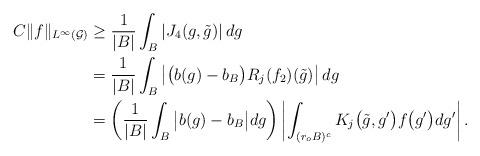
LaTeX: \begin{align*}C\|f\|_{L^{\infty}(\mathcal G)}&\geq{1\over |B|}\int_B\left|J_4(g,\tilde g)\right|dg\\&={1\over |B|}\int_B\left|\big(b(g)-b_B\big)R_j(f_2)(\tilde g)\right|dg\\&=\left({1\over |B|}\int_{B}\big|b(g)-b_B\big|dg\right)\left|\int_{(r_oB)^c}K_j\big (\tilde g, g'\big)f\big(g'\big)dg'\right|.\end{align*}